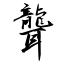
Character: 聾